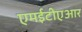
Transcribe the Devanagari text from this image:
एमईटीएआर